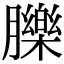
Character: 䑈